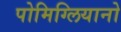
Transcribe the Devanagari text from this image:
पोमिग्लियानो